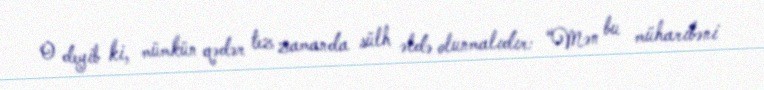
O deyib ki, mümkün qədər tez zamanda sülh əldə olunmalıdır: “Mən bu müharibəni